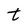
Character: t